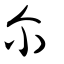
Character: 尒